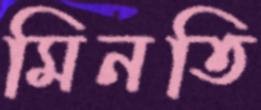
মিনতি